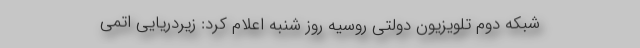
شبکه دوم تلویزیون دولتی روسیه روز شنبه اعلام کرد: زیردریایی اتمی